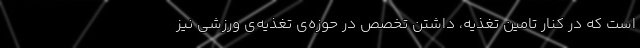
است که در کنار تامین تغذیه، داشتن تخصص در حوزه‌ی تغذیه‌ی ورزشی نیز